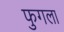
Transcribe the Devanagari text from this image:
फुगला